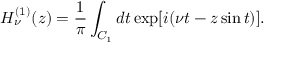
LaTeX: H _ { \nu } ^ { ( 1 ) } ( z ) = \frac { 1 } { \pi } \int _ { C _ { 1 } } d t \exp [ i ( \nu t - z \sin t ) ] .